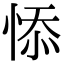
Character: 悿